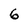
Character: 6